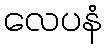
လေပနံ